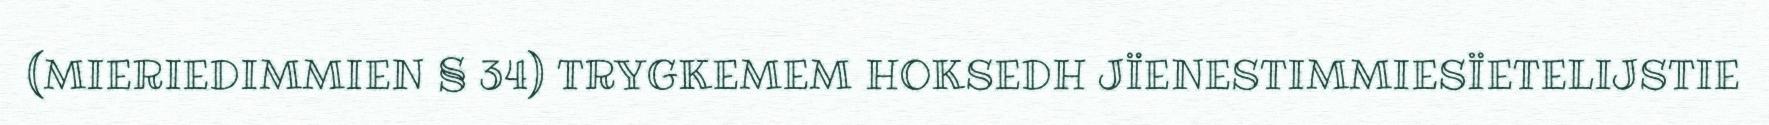
(MIERIEDIMMIEN § 34) TRYGKEMEM HOKSEDH JÏENESTIMMIESÏETELIJSTIE